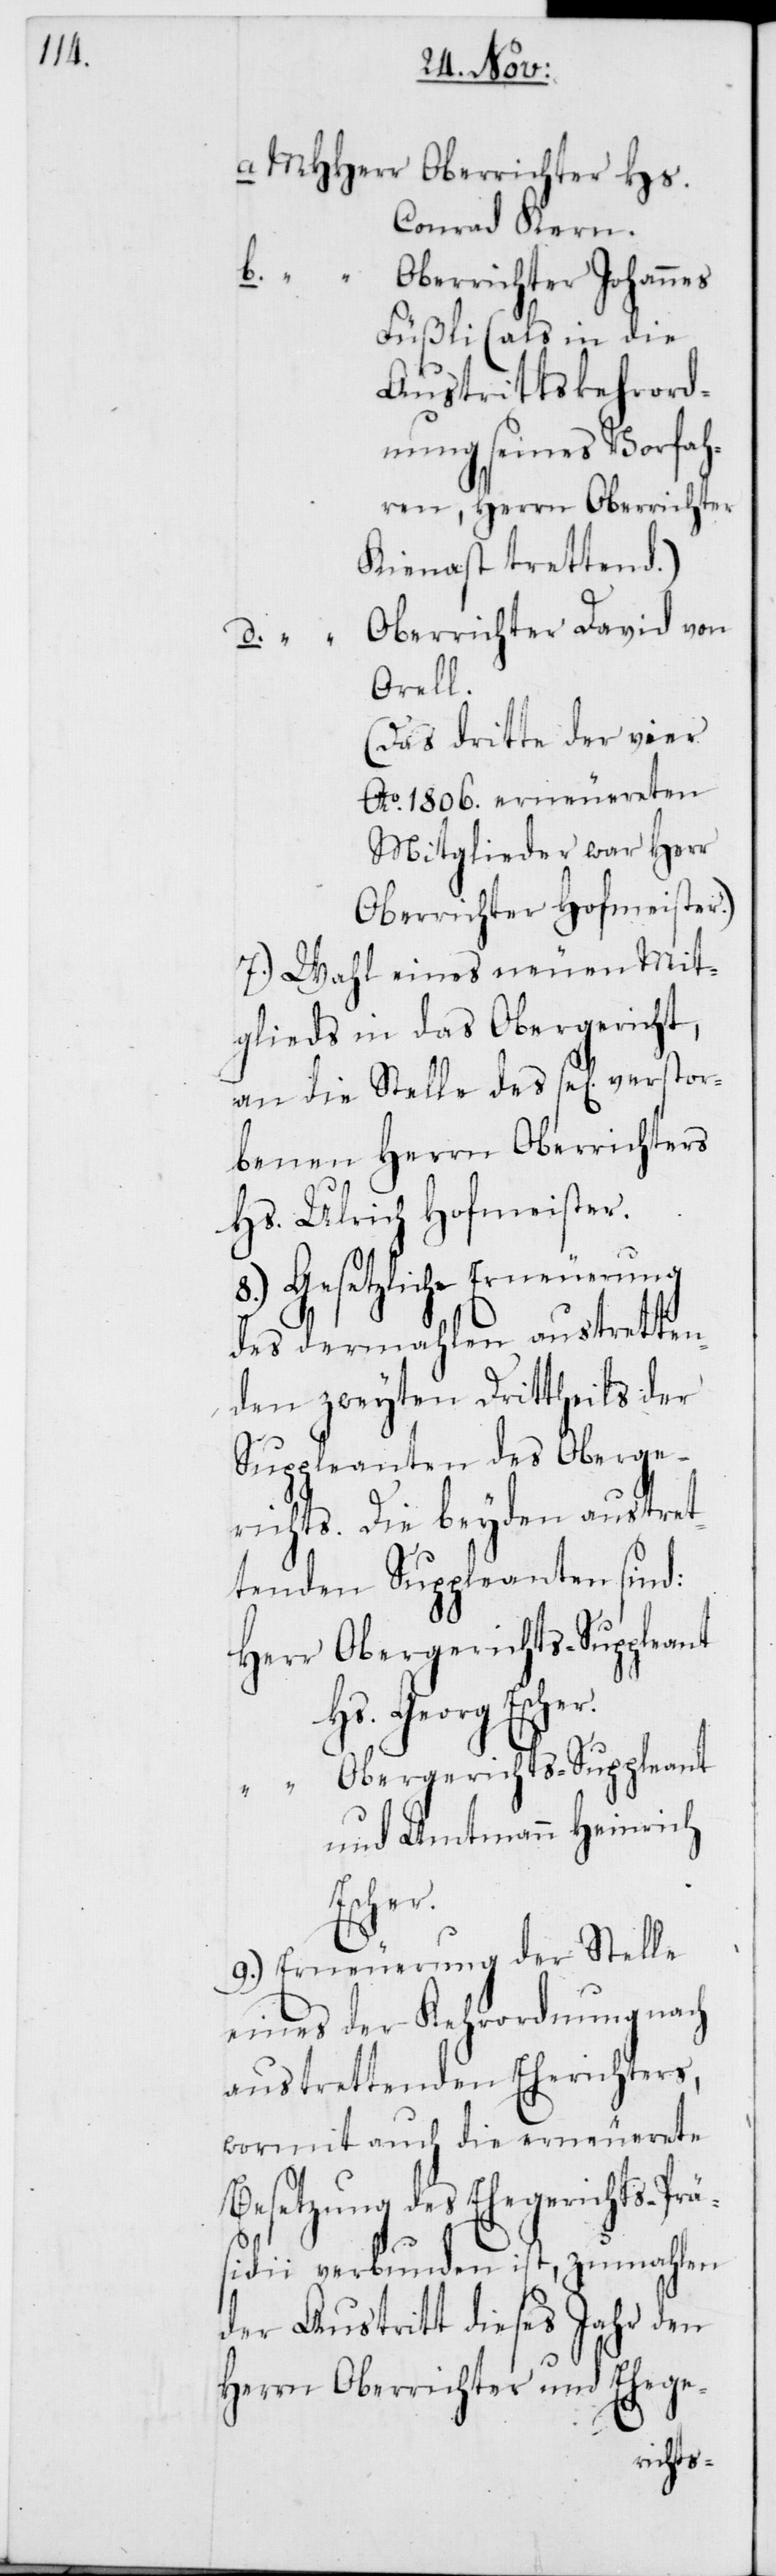
Conrad Kern.
b.
“
Oberrichter Johannes
Füßli (als in die
Austrittskehrord¬
nung seines Vorfah¬
ren, Herrn Oberrichter
Kienast trettend.)
Oberrichter David von
Orell.
(Das dritte der vier
Ao 1806. erneuereten
Mitglieder war Herr
Oberrichter Hofmeister.)
7.) Wahl eines neuen Mit¬
glieds in das Obergericht,
an die Stelle des sel[ig] verstor¬
benen Herrn Oberrichters
Hs. Ulrich Hofmeister.
8.) Gesetzliche Erneuerung
des dermahlen austretten¬
den zweyten Drittheils der
Suppleanten des Oberge¬
richts. Die beyden austret¬
tenden Suppleanten sind:
Hs. Georg Escher.
Obergerichts-Suppleant
und Amtmann Heinrich
Escher.
9.) Erneuerung der Stelle
eines der Kehrordnung nach
austrettenden Eherichters,
wormit auch die erneuerete
Besetzung des Ehegerichts-Prä¬
sidii verbunden ist, zumahlen
der Austritt dieses Jahr den
Herrn Oberrichter und Ehege-
richter